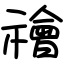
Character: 禬